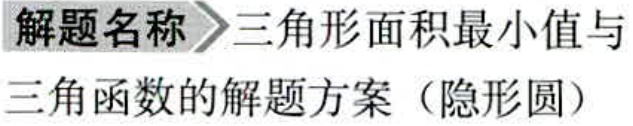
解题名称\(>\)三角形面积最小值与三角函数的解题方案（隐形圆）